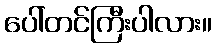
ပေါ်တင်ကြီးပါလား။